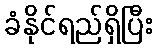
ခံနိုင်ရည်ရှိပြီး